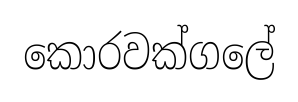
කොරවක්ගලේ